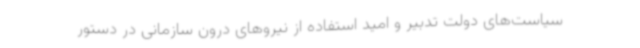
سیاست‌های دولت تدبیر و امید استفاده از نیروهای درون سازمانی در دستور